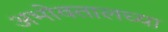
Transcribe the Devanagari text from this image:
अभोवतालच्या